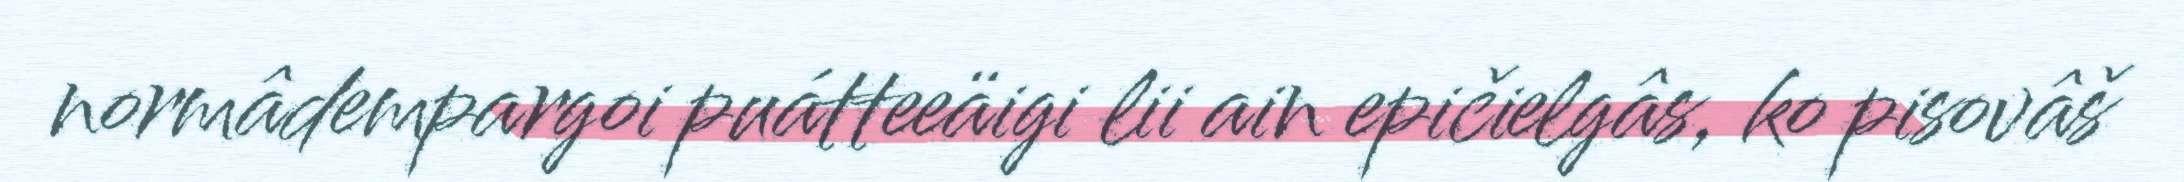
normâdempargoi puátteeäigi lii ain epičielgâs, ko pisovâš